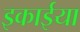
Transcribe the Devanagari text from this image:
इकाईया